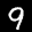
Label: 9